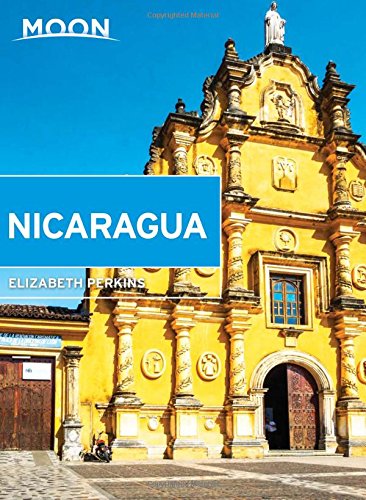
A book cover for Moon Nicaragua (Moon Handbooks); Elizabeth Perkins; Travel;